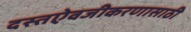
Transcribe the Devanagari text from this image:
दस्तऐवजीकरणासाठी